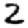
Digit: 2